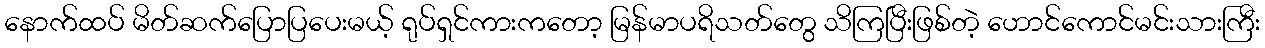
နောက်ထပ် မိတ်ဆက်ပြောပြပေးမယ့် ရုပ်ရှင်ကားကတော့ မြန်မာပရိသတ်တွေ သိကြပြီးဖြစ်တဲ့ ဟောင်ကောင်မင်းသားကြီး